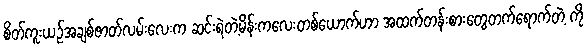
စိတ်ကူးယဉ်အချစ်ဇာတ်လမ်းလေးက ဆင်းရဲတဲ့မိန်းကလေးတစ်ယောက်ဟာ အထက်တန်းစားတွေတက်ရောက်တဲ့ ကို